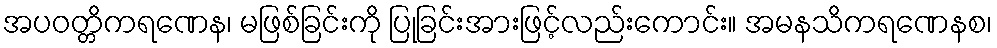
အပဝတ္တိကရဏေန၊ မဖြစ်ခြင်းကို ပြုခြင်းအားဖြင့်လည်းကောင်း။ အမနသိကရဏေနစ၊